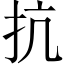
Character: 抗